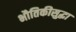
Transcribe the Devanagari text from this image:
भौतिकीसुद्धा